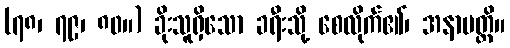
(၇၈၊ ၇၉၊ ၈၀။) ခိုးသူရှိသော ခရီးသို့ စေလိုက်၏၊ အနာပတ္တိ။